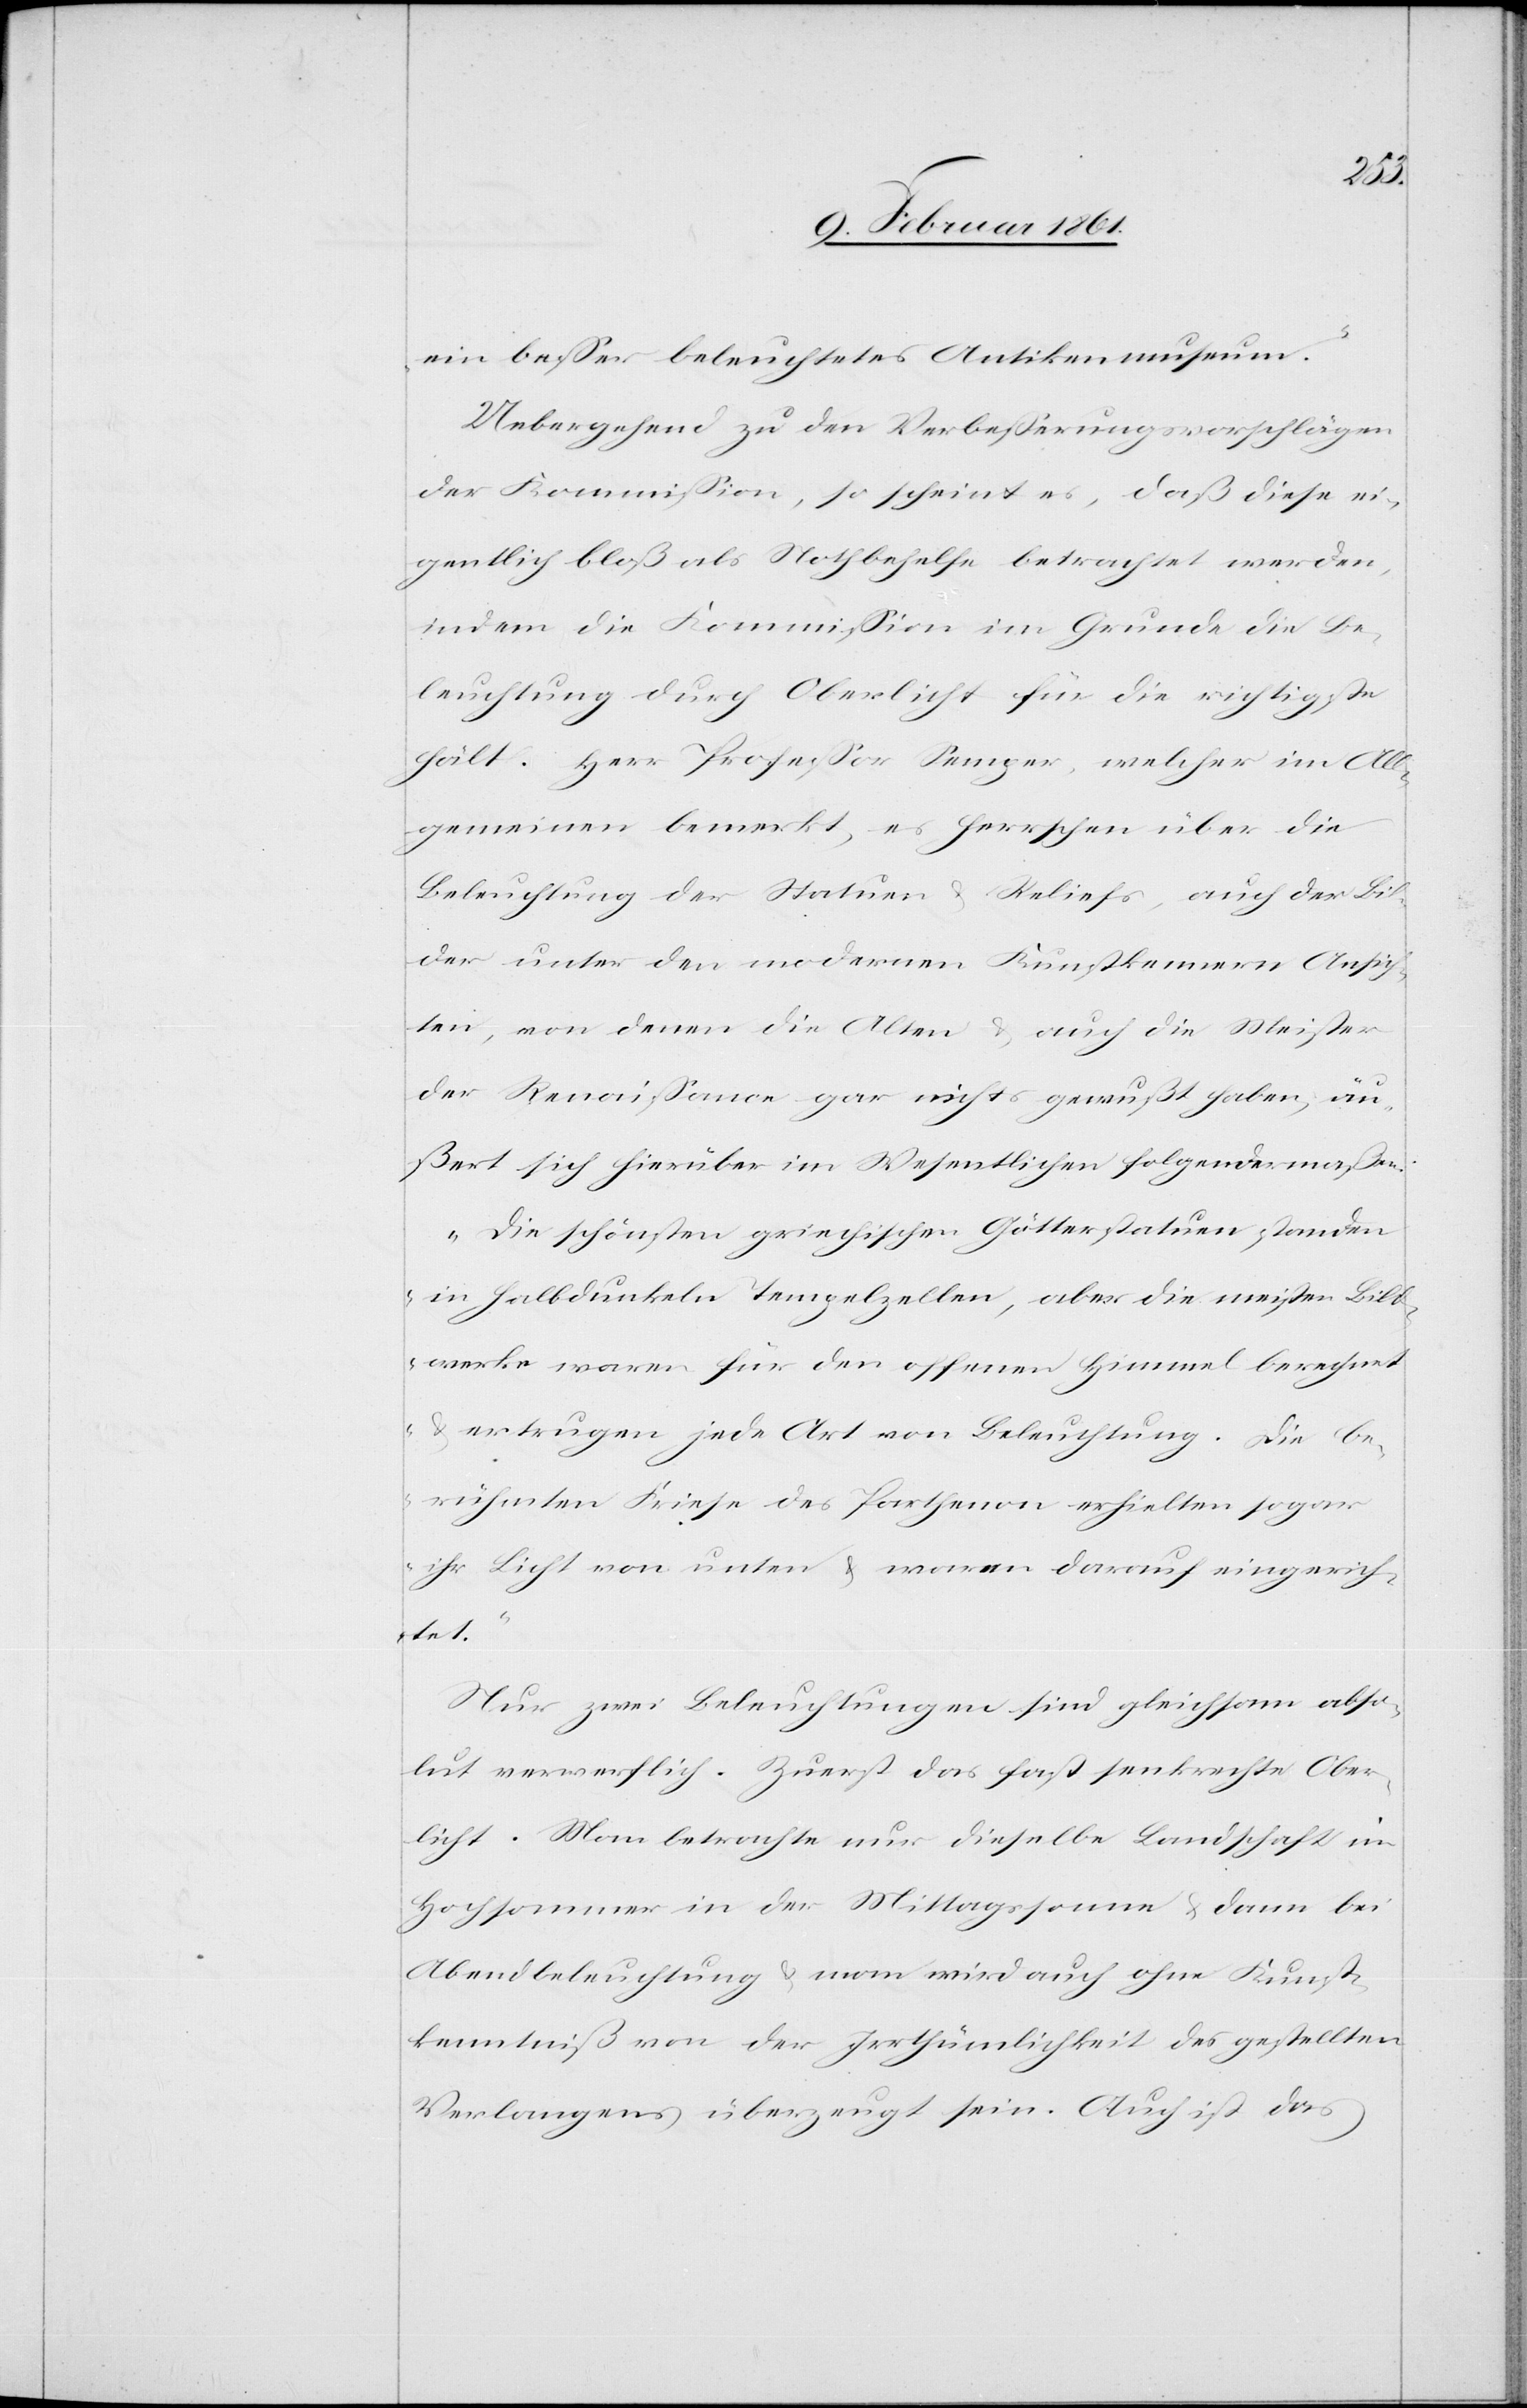
ein besser beleuchtetes Antikenmuseum.“
Uebergehend zu den Verbesserungsvorschlägen
der Kommission, so scheint es, daß diese ei¬
gentlich bloß als Nothbehelfe betrachtet werden,
indem die Kommission im Grunde die Be¬
leuchtung durch Oberlicht für die richtigste
hält. Herr Professor Semper, welcher im All¬
gemeinen bemerkt, es herrschen über die
Beleuchtung der Statuen u. Reliefs, auch der Bil¬
der unter den modernen Kunstkennern Ansich¬
ten, von denen die Alten u. auch die Meister
der Renaissance gar nichts gewußt haben, äu¬
ßerst sich hierüber im Wesentlichen folgendermaßen:
„Die schönsten griechischen Götterstatuen standen
in halbdunkeln Tempelzelten, aber die meisten Bild¬
werke waren für den offenen Himmel gerechnet
u. ertrugen jede Art von Beleuchtung. Die be¬
rühmten Friese des Parthenon erhielten sogar
ihr Licht von unten u. waren darauf eingerich¬
tet.
Nur zwei Beleuchtungen sind gleichsam abso¬
lut verwerflich. Zuerst das fast senkrechte Ober¬
licht. Man betrachte nur dieselbe Landschaft im
Hochsommer in der Mittagssonne u. dann bei
Abendbeleuchtung u. man wird auch ohne Kunst¬
kenntniß von der Irrthümlichkeit des gestellten
Verlangens überzeugt sein. Auch ist das